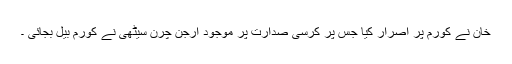
خان نے کورم پر اصرار کیا جس پر کرسی صدارت پر موجود ارجن چرن سیٹھی نے کورم بیل بجائی ۔